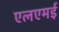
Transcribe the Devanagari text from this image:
एलएमई